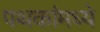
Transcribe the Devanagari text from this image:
पथकांमध्ये